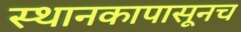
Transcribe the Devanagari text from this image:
स्थानकापासूनच